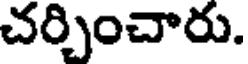
చర్చించారు.